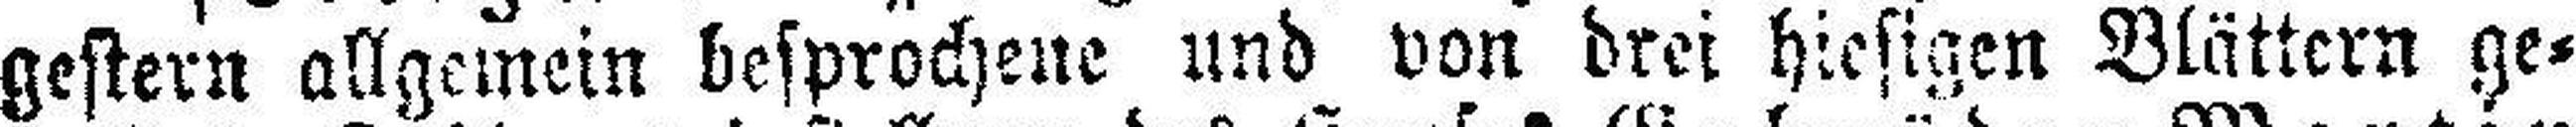
gestern allgemein besprochene und von drei hiesigen Blättern ge¬